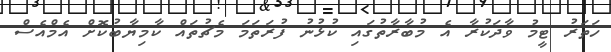
ހަތަރު ޓީމު ވާދަކުރާ އެ މުބާރާތުގައި ކުޅުނު ފުރަތަމަ މެޗުތައް ކާމިޔާބުކޮށް އެމްއެސް